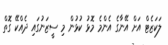
ލަކަޒެޓް އަށް އޭނާގެ އެންމެ މޮޅު ކުޅުން މި ސީޒަނުގައި ދެއްކޭ ގޮތް